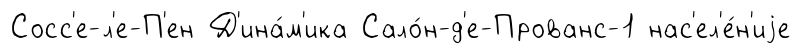
Сосс'е-л'е-П'ен Д'ина́м'ика Сало́н-д'е-Прованс-1 нас'ел'е́н'иjе